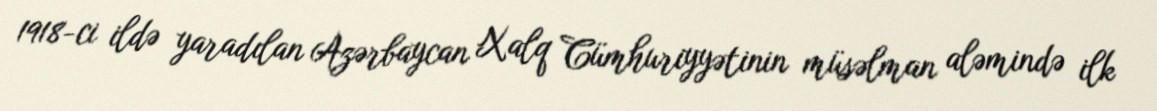
1918-ci ildə yaradılan Azərbaycan Xalq Cümhuriyyətinin müsəlman aləmində ilk